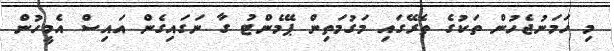
މި ހަމަނުޖެހުން ތަކުގެ ތެރޭގައި މަގުމަތިން ޕޭމެންޓު ގާ ނަގައިގެން އައިސް އެމީހުން